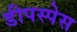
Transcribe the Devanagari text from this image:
डीपस्पेस